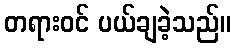
တရားဝင် ပယ်ချခဲ့သည်။